Scottish Leaving Certificate Examination, 1959
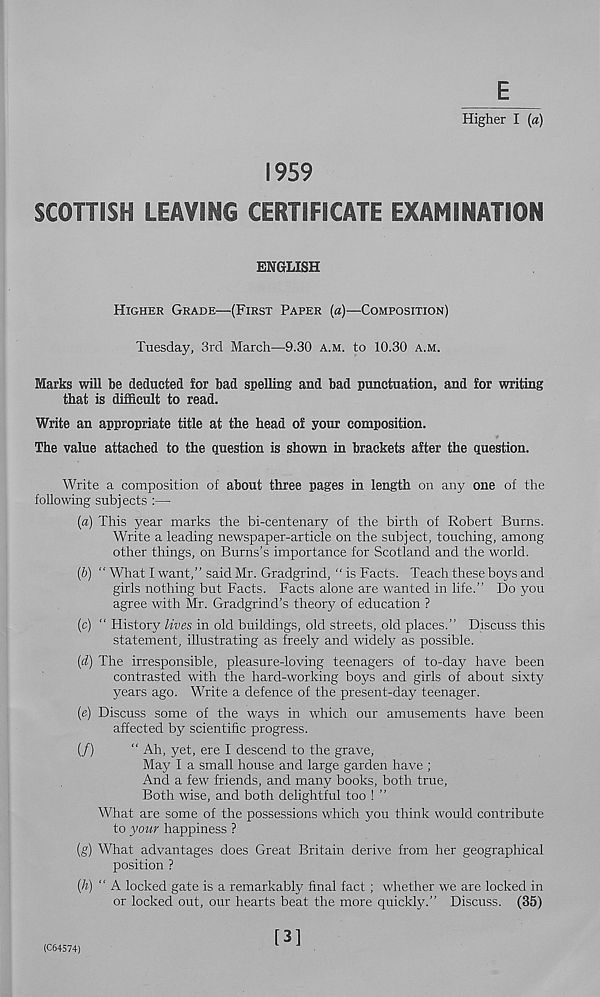
E
Higher I (a)
S959
SCOTTISH LEAVING CERTIFICATE EXAMINATION
ENGLISH
HIGHER GRADE—(FIRST PAPER (a)—COMPOSITION)
Tuesday, 3rd March—9.30 A.M. to 10.30 A.M.
Marks will be deducted for bad spelling and bad punctuation, and for writing
that is difficult to read.
Write an appropriate title at the head of your composition.
The value attached to the question is shown in brackets after the question.
Write a composition of about three pages in length on any one of the
following subjects :—
(a) This year marks the bi-centenary of the birth of Robert Burns.
Write a leading newspaper-article on the subject, touching, among
other things, on Burns’s importance for Scotland and the world.
(&) “ What I want,” said Mr. Gradgrind, “ is Facts. Teach these boys and
girls nothing but Facts. Facts alone are wanted in life.” Do you
agree with Mr. Gradgrind’s theory of education ?
(c) “ History lives in old buildings, old streets, old places.” Discuss this
statement, illustrating as freely and widely as possible.
(d) The irresponsible, pleasure-loving teenagers of to-day have been
contrasted with the hard-working boys and girls of about sixty
years ago. Write a defence of the present-day teenager.
(e) Discuss some of the ways in which our amusements have been
affected by scientific progress.
(/)
“ Ah, yet, ere I descend to the grave,
May I a small house and large garden have ;
And a few friends, and many books, both true.
Both wise, and both delightful too ! ”
What are some of the possessions which you think would contribute
to your happiness ?
(g) What advantages does Great Britain derive from her geographical
position ?
(h) “ A locked gate is a remarkably final fact; whether we are locked in
or locked out, our hearts beat the more quickly.” Discuss. (35)
(C64574)
[3]